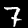
Digit: 7